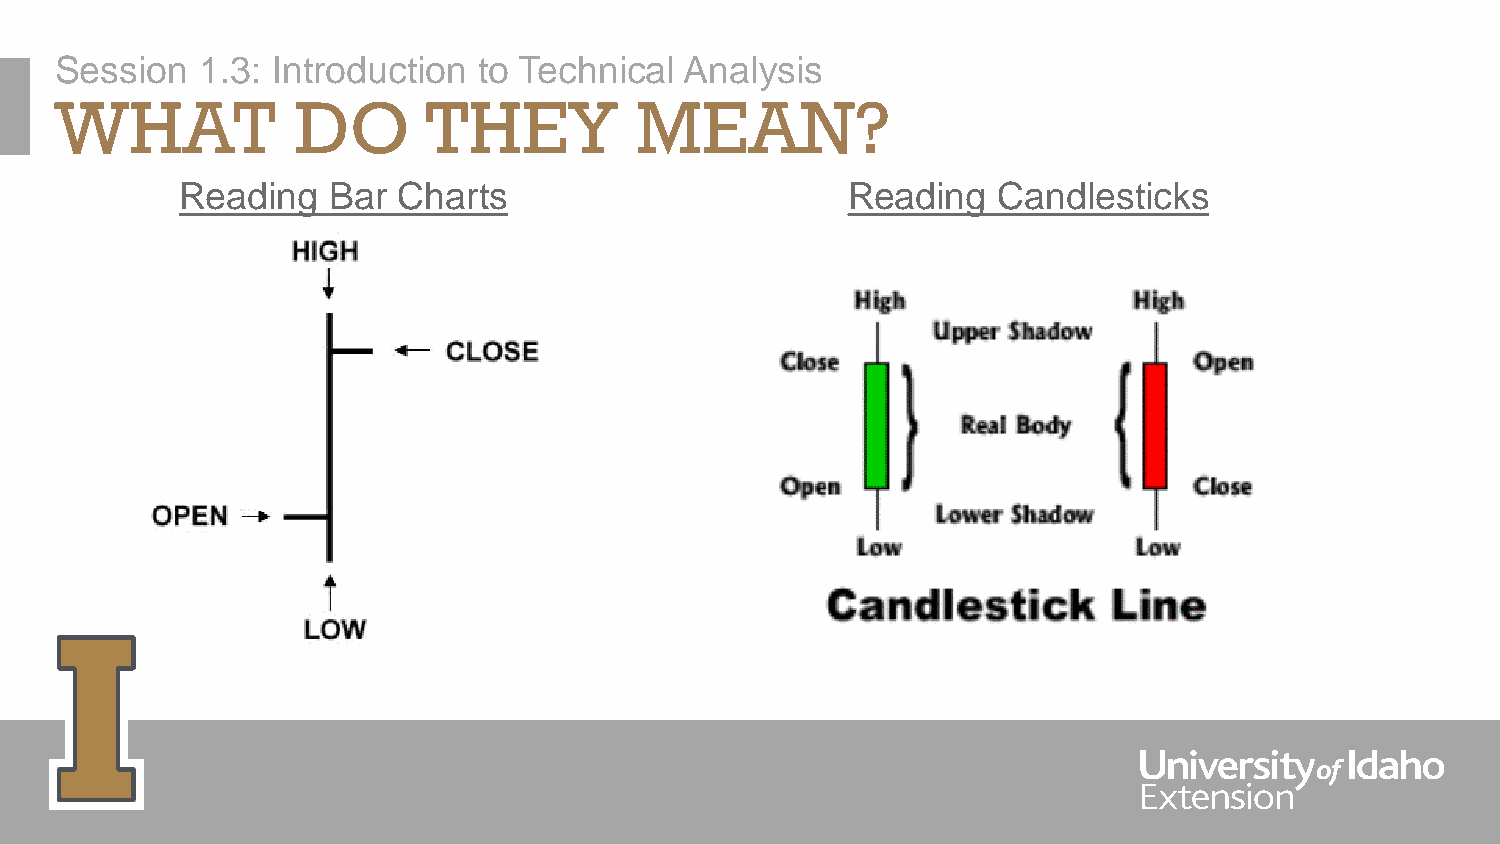
Session  1.3: Introduction  to Technical Analysis
 WHAT            DO      THEY          MEAN?
 Reading   Bar Charts                        Reading   Candlesticks